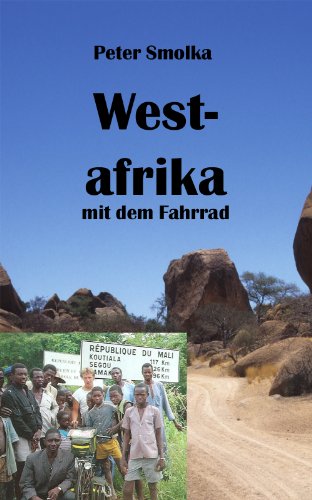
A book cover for Westafrika mit dem Fahrrad: Mit dem Rad durch Marokko, Mauretanien, Senegal, Mali, Burkina Faso und Togo (German Edition); Peter Smolka; Travel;